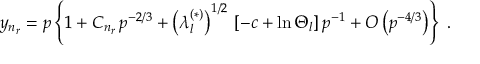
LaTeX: y _ { n _ { r } } = p \left\{ 1 + C _ { n _ { r } } \, p ^ { - 2 / 3 } + \left( \lambda _ { l } ^ { ( \ast ) } \right) ^ { 1 / 2 } \, \left[ - c + \ln \Theta _ { l } \right] p ^ { - 1 } + O \left( p ^ { - 4 / 3 } \right) \right\} \; .